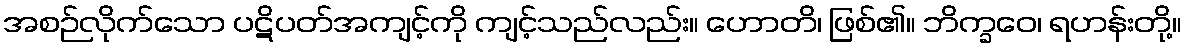
အစဉ်လိုက်သော ပဋိပတ်အကျင့်ကို ကျင့်သည်လည်း။ ဟောတိ၊ ဖြစ်၏။ ဘိက္ခဝေ၊ ရဟန်းတို့။